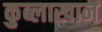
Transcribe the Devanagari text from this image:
कुब्लाखान